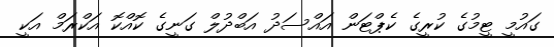
ގައުމީ ޓީމުގެ ކުރީގެ ކެޕްޓަން އައްސަދު އަބްދުލް ގަނީގެ ކޮއްކޮ އަކްރަމް އަކީ